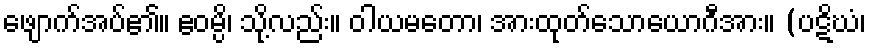
ဖျောက်အပ်၏။ ဧဝမ္ပိ၊ သို့လည်း။ ဝါယမတော၊ အားထုတ်သောယောဂီအား။ (ပဋိဃံ၊